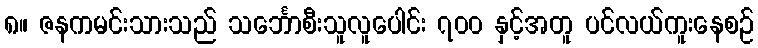
၈။ ဇနကမင်းသားသည် သင်္ဘောစီးသူလူပေါင်း ၇၀၀ နှင့်အတူ ပင်လယ်ကူးနေစဉ်